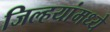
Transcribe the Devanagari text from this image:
जिल्हयांमध्ये